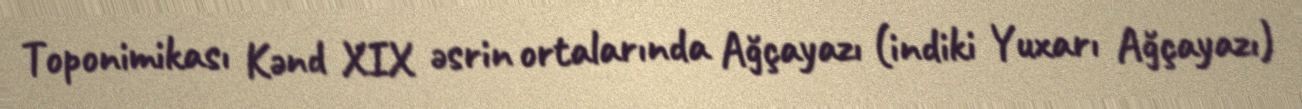
Toponimikası Kənd XIX əsrin ortalarında Ağçayazı (indiki Yuxarı Ağçayazı)